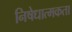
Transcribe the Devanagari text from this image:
निषेधात्मकता